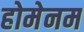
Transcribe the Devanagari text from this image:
होमेनम